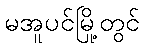
မအူပင်မြို့တွင်